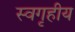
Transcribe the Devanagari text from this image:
स्वगृहीय